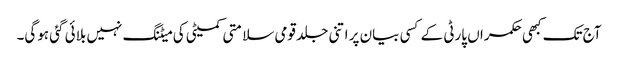
آج تک کبھی حکمراں پارٹی کے کسی بیان پر اتنی جلد قومی سلامتی کمیٹی کی میٹنگ نہیں بلائی گئی ہوگی۔